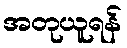
အတုယူရန်